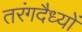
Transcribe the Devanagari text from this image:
तरंगदैध्यों